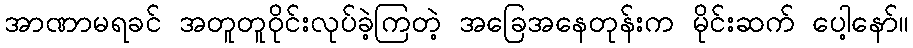
အာဏာမရခင် အတူတူဝိုင်းလုပ်ခဲ့ကြတဲ့ အခြေအနေတုန်းက မိုင်းဆက် ပေါ့နော်။